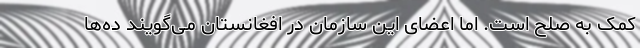
کمک به صلح است. اما اعضای این سازمان در افغانستان می‌گویند ده‌ها